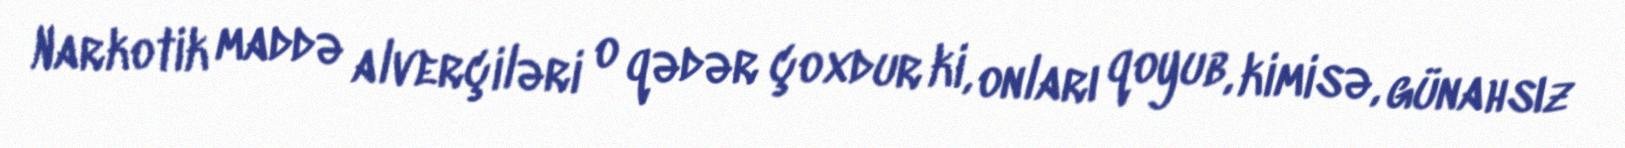
Narkotik maddə alverçiləri o qədər çoxdur ki, onları qoyub, kimisə, günahsız